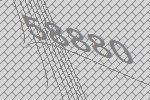
58880